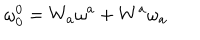
LaTeX: \mathbf { \omega } _ { 0 } ^ { 0 } = W _ { a } \mathbf { \omega } ^ { a } + W ^ { a } \mathbf { \omega } _ { a }